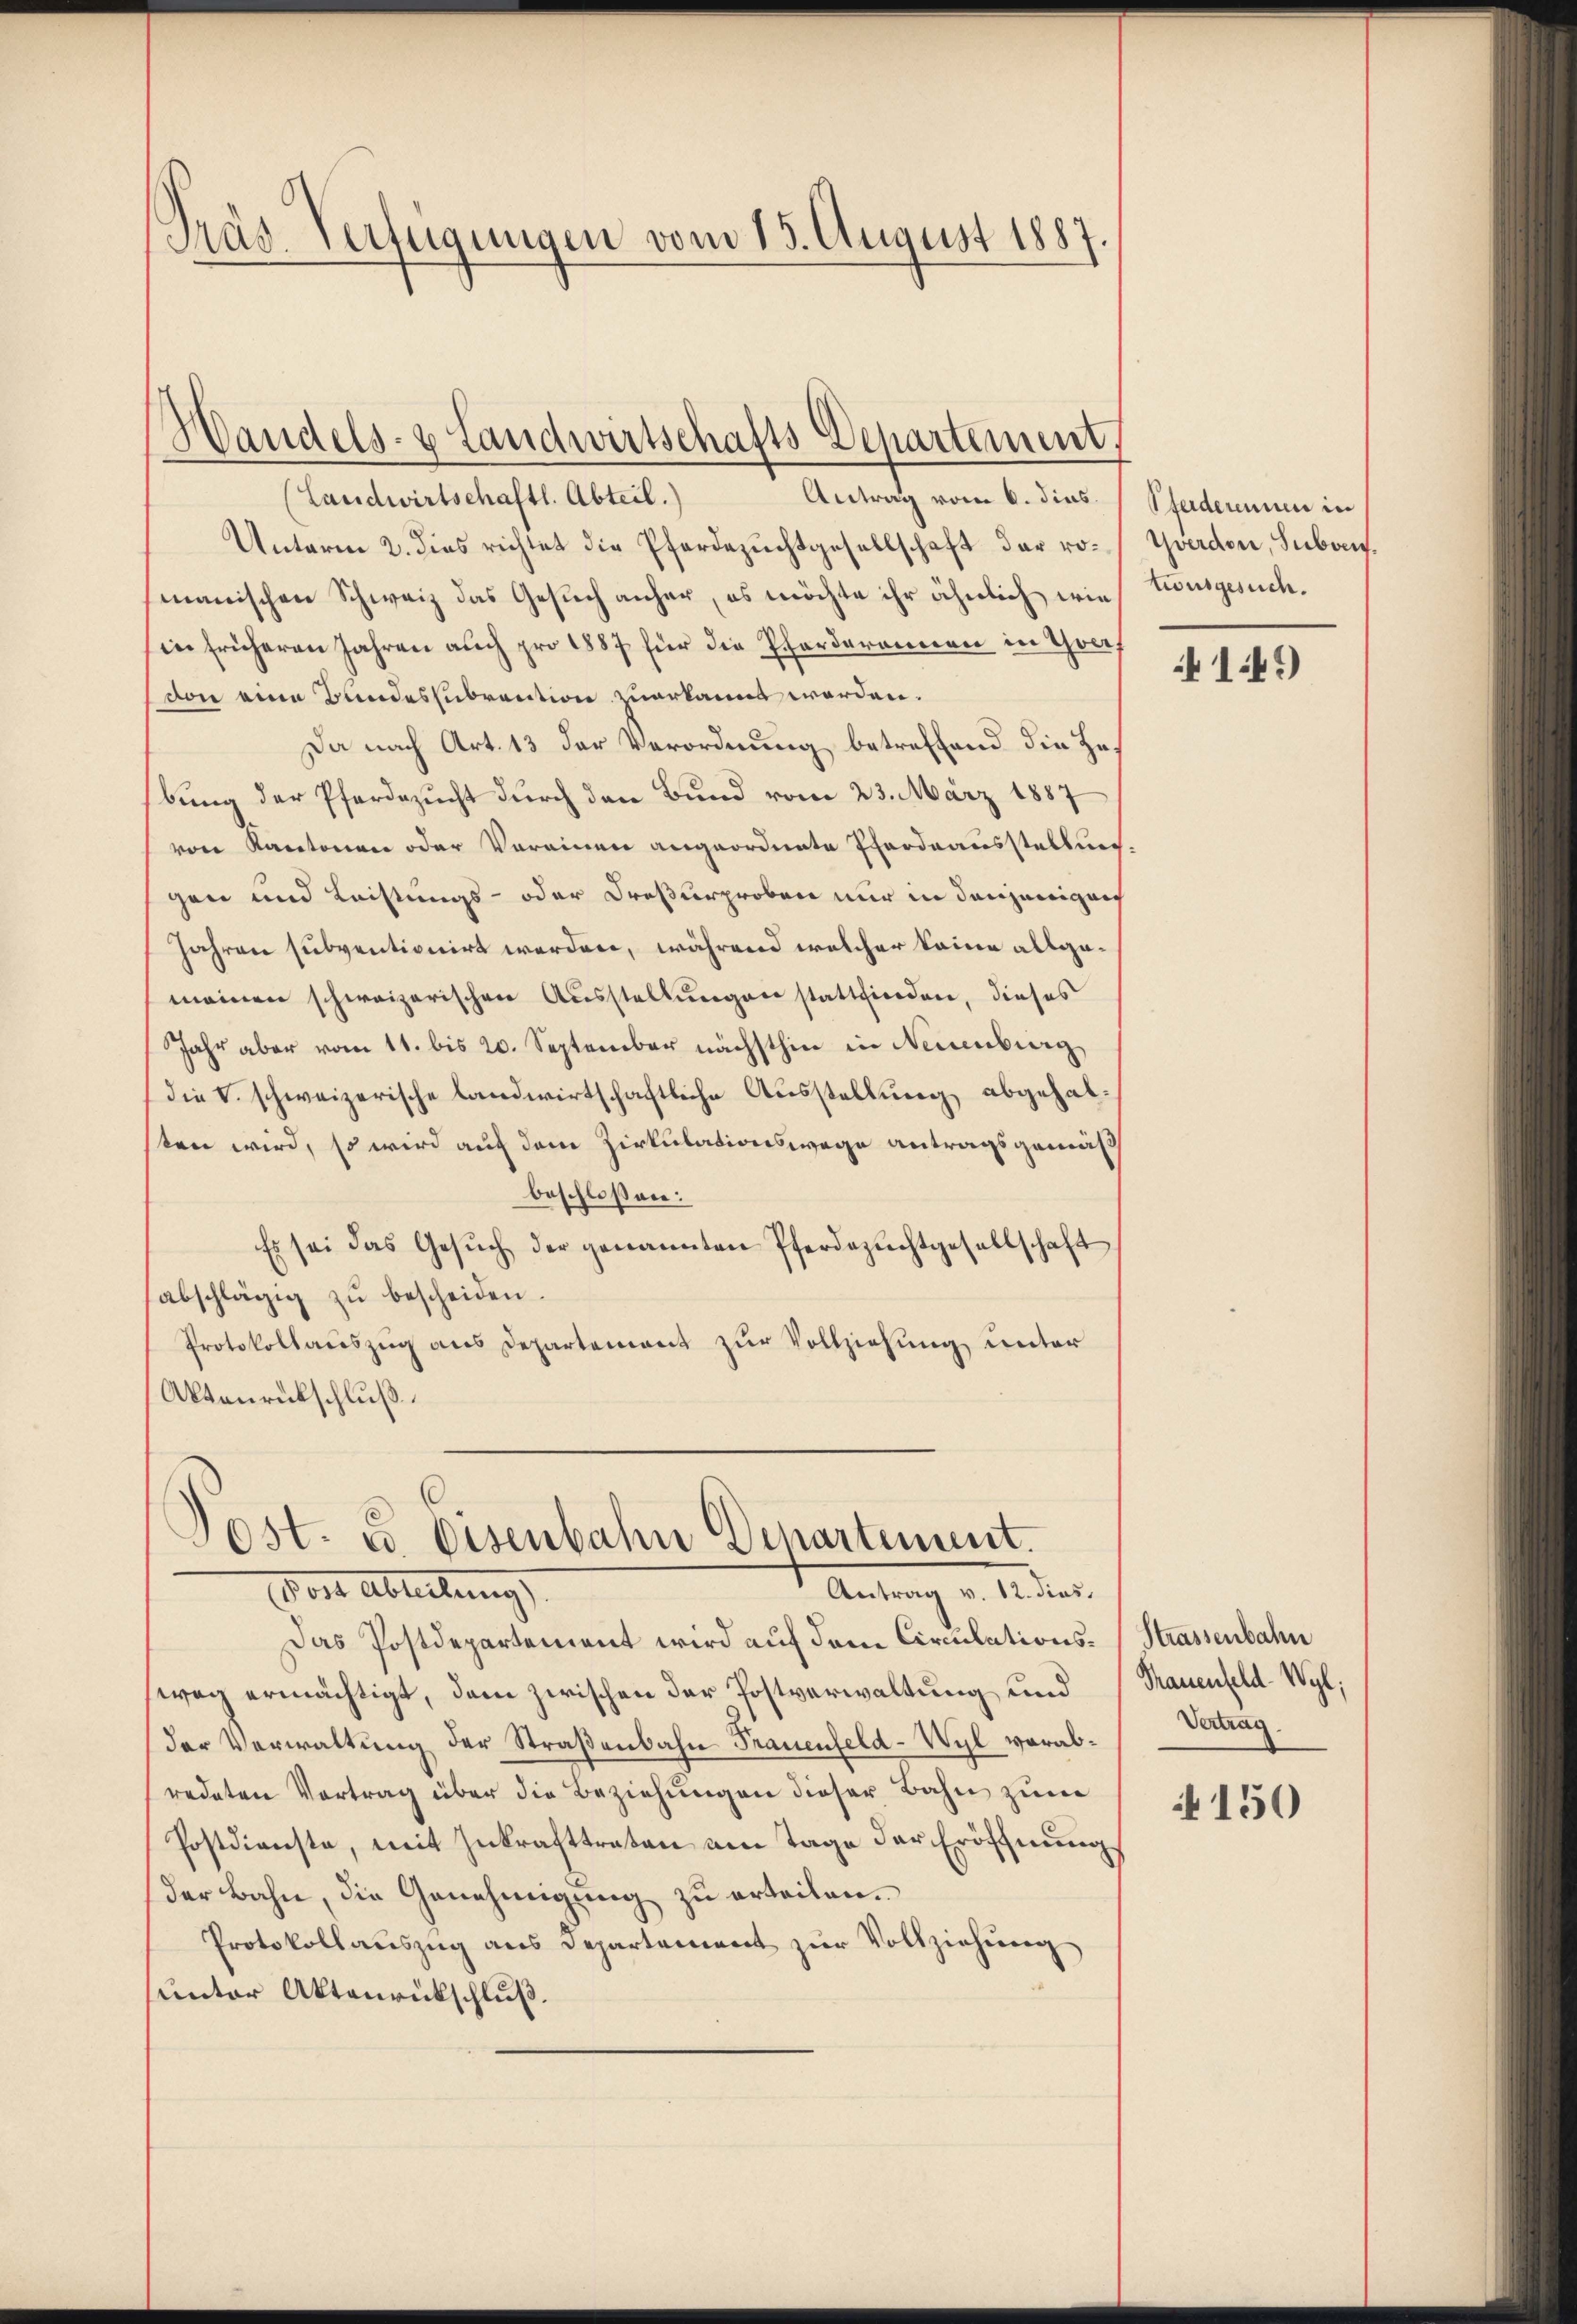
Gras Verfügungen vom 15. August 1887.

(Landwirtschaftl. Abteil.)
Unterm 2. dies richtet die Pferdezuchtgesellschaft der ro¬ Yverdon, Subon.
manischen Schweiz das Gesuch anher, es möchte ihr ähnlich wie tionsgesuch.
in früheren Jahren auch pro 1887 für die Pforderannen in Thor,
von eine Bundessubvention zuerkannt worden.
Da nach Art. 13 der Verordnung betreffend die Hebung der Pferdezucht durch den Bund vom 23. März 1887
von Kantonen oder Vereinen angeordnete Pferdrausstellungen und Leistungs- oder Dreßurproben nur in denjenigen
Jahren subventionirt werden, während welcher keine allgemeinen schweizerischen Ausstellungen stattfinden, dieses
Jahr aber vom 11. bis 20. September nächsthin in Neuenburg,
die V. schweizerische landwirtschaftliche Ausstellung abgehalten wird, so wird auf dem Zirkulationswege antragsgemäsbeschloßen:
Es sei das Gesŭch der genannten Pferdezuchtgesellschaft
abschlägig zŭ bescheiden.
Protokollauszug aus Departement zur Vollziehung unter
Aktenrückschluß

Das Postdepartement wird auf dem Circulationsweg ermächtigt, dem zwischen der Postverwaltung und
der Verwaltung der Straßenbahn Frauenfeld-Wyl verabredeten Vortrag über die Beziehungen dieser Bahn zum
Postdienste, mit Zukrafttreten am Tage der Eröffnung
der Bahn, die Genehmigung zu erteilen.
Protokollauszug aus Departement zur Vollziehung
unter Aktenrückschluß.

Handels- & Landwirtschafts Departement,

Post. u. Eisenbahn Departement.
Antrag v. 12. dies
or Abteilung,

Antrag vom 6. dies Standerennen in

149

Strassenbahn
Trauenfeld-Wyl;
Vertrag

150